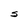
Character: S